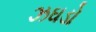
ઝઘડો